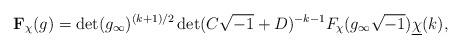
LaTeX: \begin{align*} \mathbf F_{\chi}(g) = \det(g_{\infty})^{(k+1)/2}\det(C\sqrt{-1}+D)^{-k-1}F_{\chi}(g_{\infty}\sqrt{-1}) \underline{\chi}(k),\end{align*}